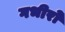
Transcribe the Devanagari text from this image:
गभीरो